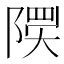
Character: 𲉟